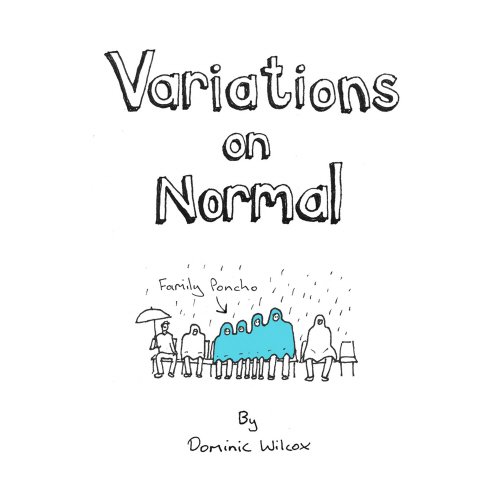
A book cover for Variations on Normal; Dominic Wilcox; Humor & Entertainment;